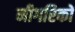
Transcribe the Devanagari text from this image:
नीगरिकों